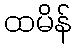
ထမိန်